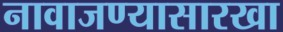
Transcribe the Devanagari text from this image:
नावाजण्यासारखा